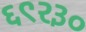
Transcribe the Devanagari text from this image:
६९२३०